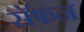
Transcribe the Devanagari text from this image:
सॅफन